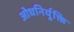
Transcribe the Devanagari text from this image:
ओधनिर्युक्ति